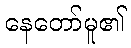
နေတော်မူ၏